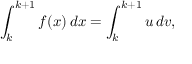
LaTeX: \int _ { k } ^ { k + 1 } f ( x ) \, d x = \int _ { k } ^ { k + 1 } u \, d v ,